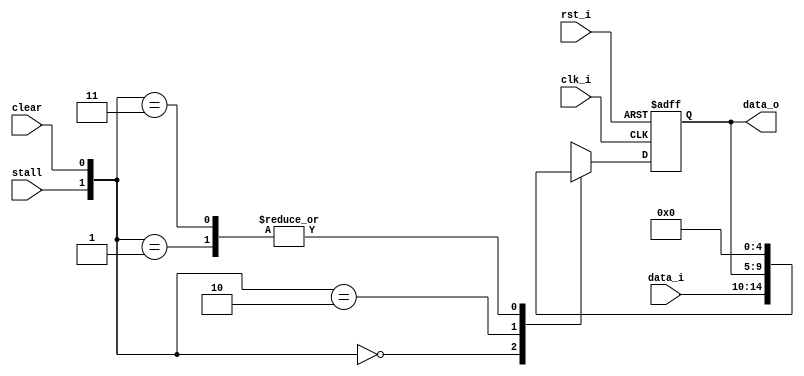
module Pipe_Reg
	#(parameter size = 5)
	(
	 // Input  Declaration
	 input  rst_i,
	 input  clk_i,
     input  stall, // keep status
     input  clear, // clear and set 0s
	 input  [size-1:0]data_i,
	 // Output Declaration
	 output [size-1:0]data_o
	);
//*****************************************************************************
	// Global variables Declaration
	// System
	reg [size-1:0]data;
	// System conection
	// Output
	assign data_o = data;
//*****************************************************************************
	always @(posedge clk_i or negedge rst_i) begin
		if(!rst_i) data <= 0;
		else begin
            case({stall, clear})
                2'b00 : data <= data_i;
                2'b01 : data <= 0;
                2'b10 : data <= data;
                2'b11 : data <= 0;
            endcase
        end
	end
//*****************************************************************************
endmodule